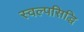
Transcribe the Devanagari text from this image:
स्वल्पसिद्धि